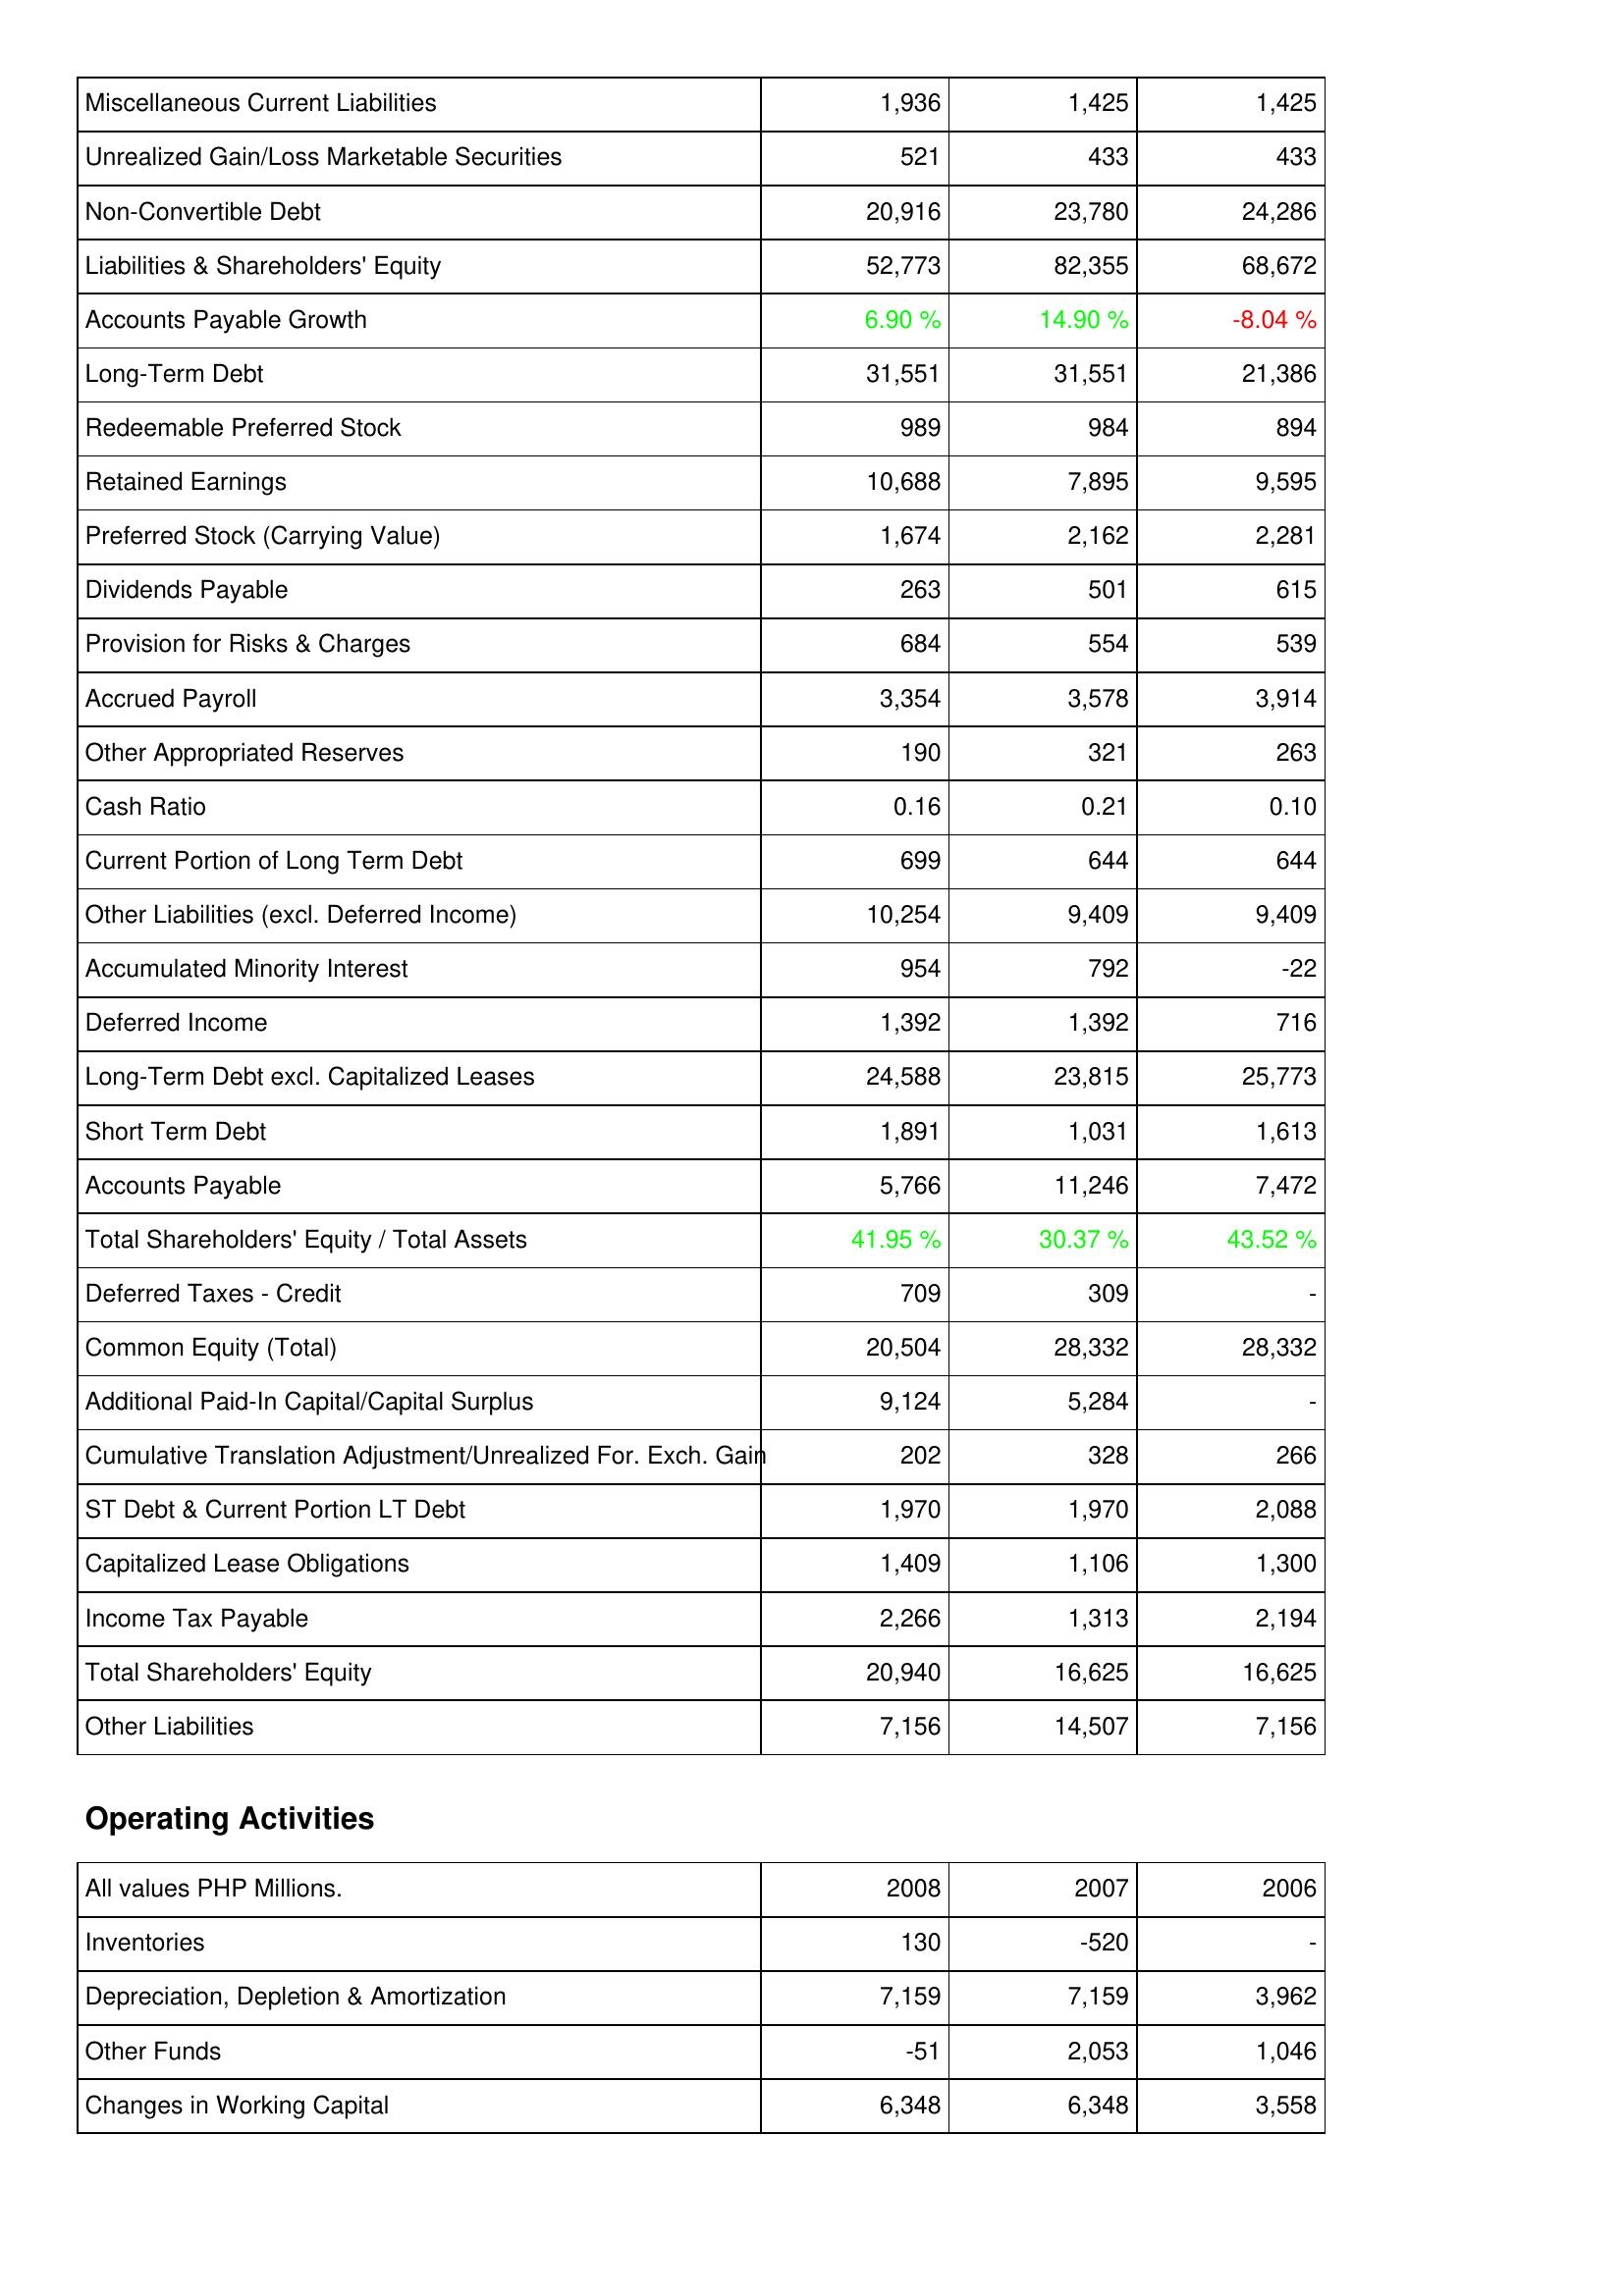
2008: Liabilities & Shareholders' Equity: Miscellaneous Current Liabilities: 1,936
Unrealized Gain/Loss Marketable Securities: 521
Non-Convertible Debt: 20,916
Liabilities & Shareholders' Equity: 52,773
Accounts Payable Growth: 6.90 %
Long-Term Debt: 31,551
Redeemable Preferred Stock: 989
Retained Earnings: 10,688
Preferred Stock (Carrying Value): 1,674
Dividends Payable: 263
Provision for Risks & Charges: 684
Accrued Payroll: 3,354
Other Appropriated Reserves: 190
Cash Ratio: 0.16
Current Portion of Long Term Debt: 699
Other Liabilities (excl. Deferred Income): 10,254
Accumulated Minority Interest: 954
Deferred Income: 1,392
Long-Term Debt excl. Capitalized Leases: 24,588
Short Term Debt: 1,891
Accounts Payable: 5,766
Total Shareholders' Equity / Total Assets: 41.95 %
Deferred Taxes - Credit: 709
Common Equity (Total): 20,504
Additional Paid-In Capital/Capital Surplus: 9,124
Cumulative Translation Adjustment/Unrealized For. Exch. Gain: 202
ST Debt & Current Portion LT Debt: 1,970
Capitalized Lease Obligations: 1,409
Income Tax Payable: 2,266
Total Shareholders' Equity: 20,940
Other Liabilities: 7,156
Operating Activities: Inventories: 130
Depreciation, Depletion & Amortization: 7,159
Other Funds: -51
Changes in Working Capital: 6,348
2007: Liabilities & Shareholders' Equity: Miscellaneous Current Liabilities: 1,425
Unrealized Gain/Loss Marketable Securities: 433
Non-Convertible Debt: 23,780
Liabilities & Shareholders' Equity: 82,355
Accounts Payable Growth: 14.90 %
Long-Term Debt: 31,551
Redeemable Preferred Stock: 984
Retained Earnings: 7,895
Preferred Stock (Carrying Value): 2,162
Dividends Payable: 501
Provision for Risks & Charges: 554
Accrued Payroll: 3,578
Other Appropriated Reserves: 321
Cash Ratio: 0.21
Current Portion of Long Term Debt: 644
Other Liabilities (excl. Deferred Income): 9,409
Accumulated Minority Interest: 792
Deferred Income: 1,392
Long-Term Debt excl. Capitalized Leases: 23,815
Short Term Debt: 1,031
Accounts Payable: 11,246
Total Shareholders' Equity / Total Assets: 30.37 %
Deferred Taxes - Credit: 309
Common Equity (Total): 28,332
Additional Paid-In Capital/Capital Surplus: 5,284
Cumulative Translation Adjustment/Unrealized For. Exch. Gain: 328
ST Debt & Current Portion LT Debt: 1,970
Capitalized Lease Obligations: 1,106
Income Tax Payable: 1,313
Total Shareholders' Equity: 16,625
Other Liabilities: 14,507
Operating Activities: Inventories: -520
Depreciation, Depletion & Amortization: 7,159
Other Funds: 2,053
Changes in Working Capital: 6,348
2006: Liabilities & Shareholders' Equity: Miscellaneous Current Liabilities: 1,425
Unrealized Gain/Loss Marketable Securities: 433
Non-Convertible Debt: 24,286
Liabilities & Shareholders' Equity: 68,672
Accounts Payable Growth: -8.04 %
Long-Term Debt: 21,386
Redeemable Preferred Stock: 894
Retained Earnings: 9,595
Preferred Stock (Carrying Value): 2,281
Dividends Payable: 615
Provision for Risks & Charges: 539
Accrued Payroll: 3,914
Other Appropriated Reserves: 263
Cash Ratio: 0.10
Current Portion of Long Term Debt: 644
Other Liabilities (excl. Deferred Income): 9,409
Accumulated Minority Interest: -22
Deferred Income: 716
Long-Term Debt excl. Capitalized Leases: 25,773
Short Term Debt: 1,613
Accounts Payable: 7,472
Total Shareholders' Equity / Total Assets: 43.52 %
Deferred Taxes - Credit: -
Common Equity (Total): 28,332
Additional Paid-In Capital/Capital Surplus: -
Cumulative Translation Adjustment/Unrealized For. Exch. Gain: 266
ST Debt & Current Portion LT Debt: 2,088
Capitalized Lease Obligations: 1,300
Income Tax Payable: 2,194
Total Shareholders' Equity: 16,625
Other Liabilities: 7,156
Operating Activities: Inventories: -
Depreciation, Depletion & Amortization: 3,962
Other Funds: 1,046
Changes in Working Capital: 3,558